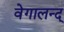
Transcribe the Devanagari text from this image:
वेगालन्द्